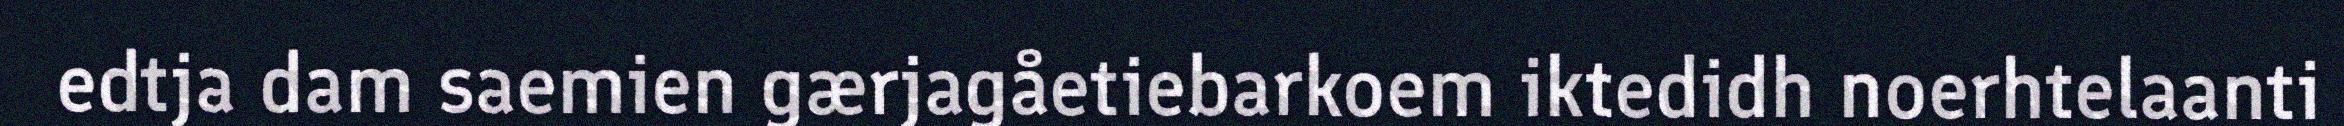
edtja dam saemien gærjagåetiebarkoem iktedidh noerhtelaanti